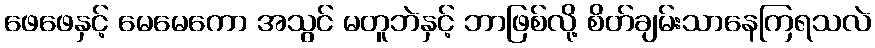
ဖေဖေနှင့် မေမေကော အသွင် မတူဘဲနှင့် ဘာဖြစ်လို့ စိတ်ချမ်းသာနေကြရသလဲ